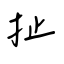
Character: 扯